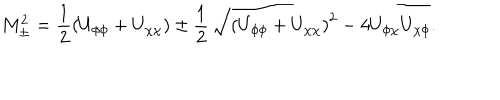
M _ { \pm } ^ { 2 } = \frac { 1 } { 2 } \left( U _ { \phi \phi } + U _ { \chi \chi } \right) \pm \frac { 1 } { 2 } \, \sqrt { \left( U _ { \phi \phi } + U _ { \chi \chi } \right) ^ { 2 } - 4 U _ { \phi \chi } U _ { \chi \phi } } .